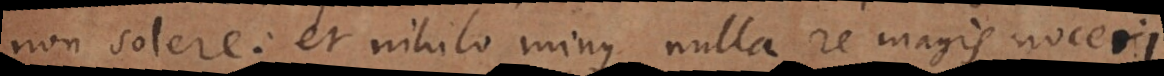
non solere: et nihilominus nulla re magis noceri